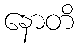
နောတိ